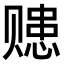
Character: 𧹗